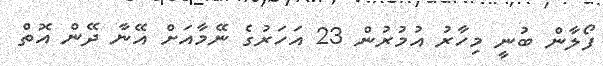
ފޯލާން ބުނީ މިހާރު އުމުރުން 23 އަހަރުގެ ނޭމާއަށް އޭނާ ދޭން އޮތް